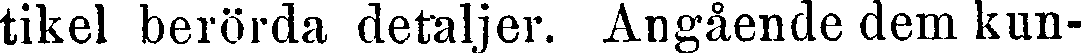
tikel berörda detaljer. Angående dem kun-